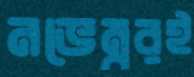
নভেম্বরই